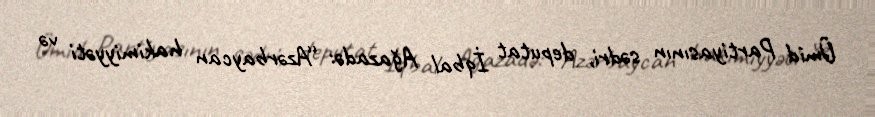
Ümid Partiyasının sədri, deputat İqbal Ağazadə: “Azərbaycan hakimiyyəti və